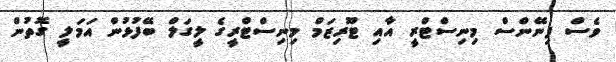
ވެސް ފިނޭންސް މިނިސްޓްރީ އާއި ޓޫރިޒަމް މިނިސްޓްރީގެ ލީގަލް ބޭފުޅުން އަމަލީ ގޮތުން